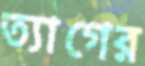
ত্যাগের